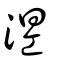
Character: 𣵀